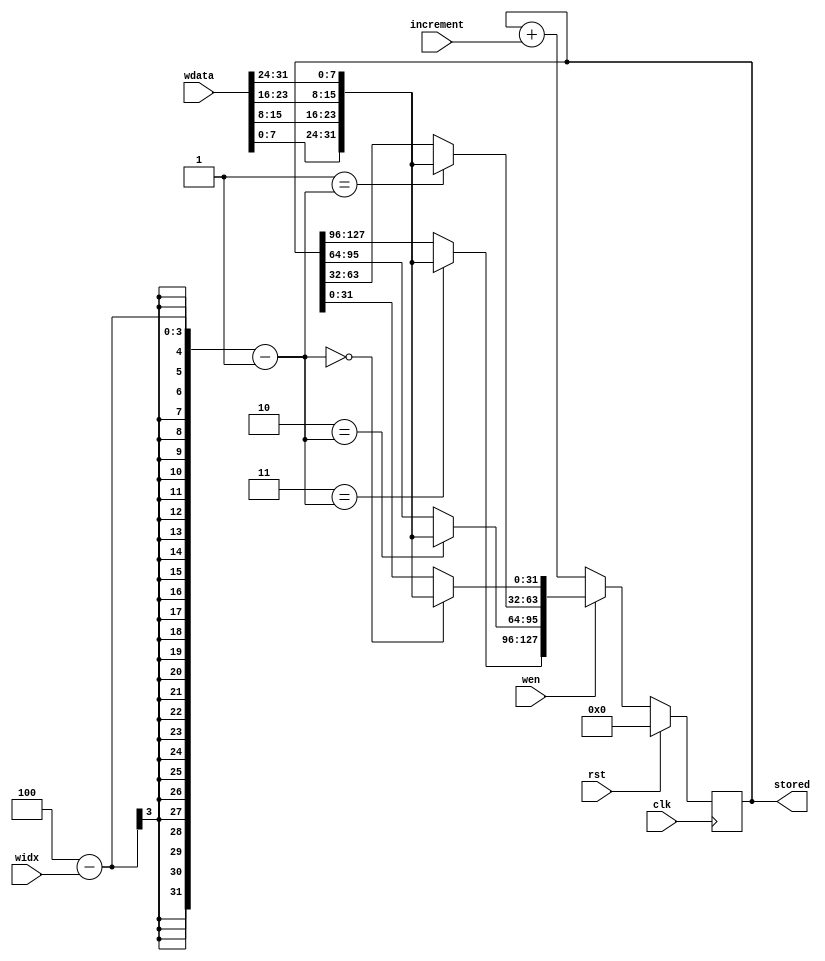
module key_ram #(
    parameter WORDS = 4,
    parameter WORD_SIZE = 32
) (
    input clk,
    input rst,

    input [$clog2(WORDS)-1:0] widx,
    input wen,
    input [WORD_SIZE-1:0] wdata,
    input increment,

    output reg [WORD_SIZE*WORDS-1:0] stored
);

localparam BLOCK_SIZE = WORD_SIZE * WORDS;
localparam WORD_BYTES = WORD_SIZE / 8;

// Byte swap wdata because AES expects BE numbers
wire [WORD_SIZE-1:0] wdata_be;
generate
    genvar b;
    for (b = 0; b < WORD_BYTES; b = b+1) begin
        localparam hb = WORD_BYTES - 1 - b;
        assign wdata_be[(b+1)*8-1 : b*8] = wdata[(hb+1)*8-1 : hb*8];
    end
endgenerate

// Stores wdata into the N-i word to complete the byte swap
reg [BLOCK_SIZE-1:0] stored_next;
genvar i;
generate
    for (i = 0; i < WORDS; i = i+1) begin
        always @* begin
            if (i == WORDS - widx - 1)
                stored_next[(i+1) * WORD_SIZE - 1 : i * WORD_SIZE] = wdata_be;
            else
                stored_next[(i+1) * WORD_SIZE - 1 : i * WORD_SIZE] = stored[(i+1) * WORD_SIZE - 1 : i * WORD_SIZE];
        end
    end
endgenerate

always @(posedge clk) begin
    if (rst)
        stored <= 0;
    else if (wen)
        stored <= stored_next;
    else
        stored <= stored + increment;
end

endmodule